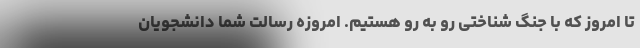
تا امروز که با جنگ شناختی رو به رو هستیم. امروزه رسالت شما دانشجویان